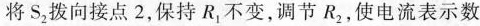
将S_{2}拨向接点2，保持R_{1}不变，调节R_{2}，使电流表示数